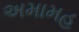
અમામહ